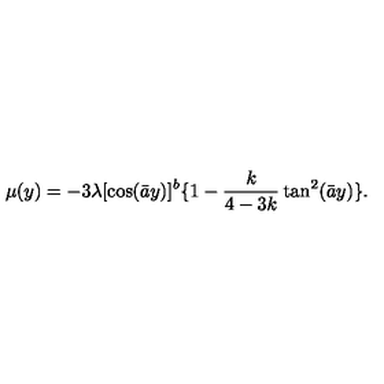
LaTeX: \mu ( y ) = - 3 \lambda [ \cos ( \bar { a } y ) ] ^ { b } \{ 1 - \frac { k } { 4 - 3 k } \tan ^ { 2 } ( \bar { a } y ) \} .